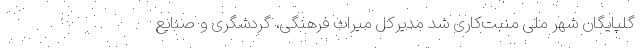
گلپایگان شهر ملی منبت‌کاری شد مدیرکل میراث فرهنگی، گردشگری و صنایع